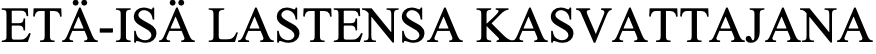
ETÄ-ISÄ LASTENSA KASVATTAJANA